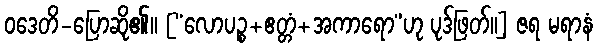
ဝဒေတိ-ပြောဆို၏။ [“လောပဉ္စ+ဧတ္တံ+အကာရော”ဟု ပုဒ်ဖြတ်။] ဇရ မရာနံ